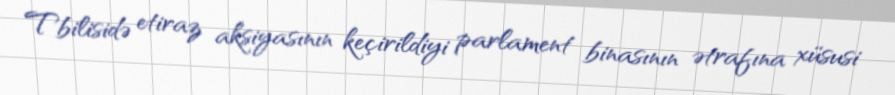
Tbilisidə etiraz aksiyasının keçirildiyi parlament binasının ətrafına xüsusi